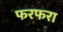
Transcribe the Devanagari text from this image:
फरफरा